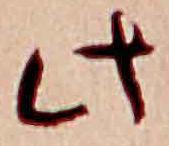
此